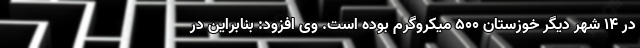
در ۱۴ شهر دیگر خوزستان ۵۰۰ میکروگرم بوده است. وی افزود: بنابراین در